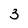
Character: 3